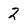
Character: 2